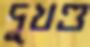
দুখণ্ড